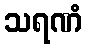
သရဏံ